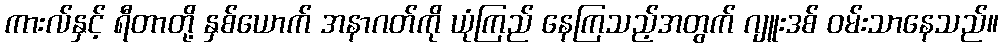
ကားလ်နှင့် ရီတာတို့ နှစ်ယောက် အနာဂတ်ကို ယုံကြည် နေကြသည့်အတွက် ဂျူးဒစ် ဝမ်းသာနေသည်။